Indian journal of veterinary science and animal husbandry - Volume 12,
Year: 1942
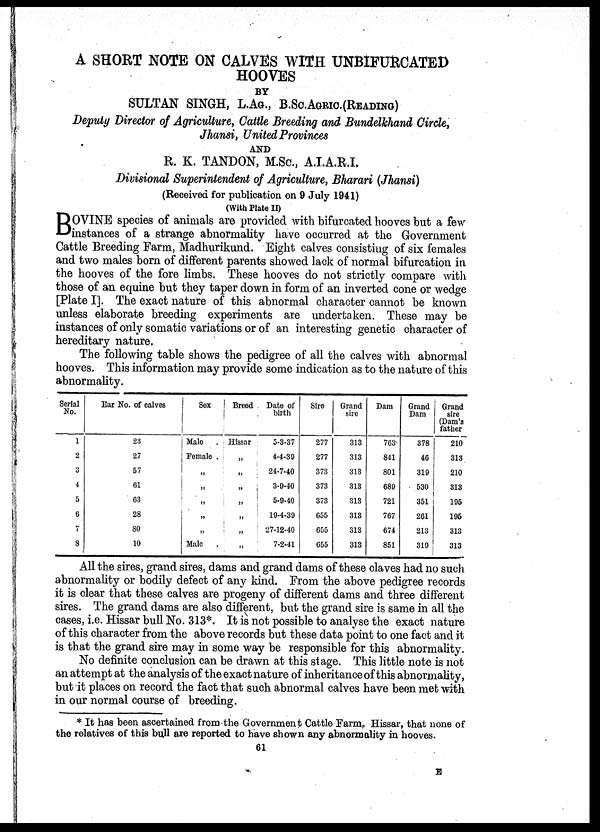
A SHORT NOTE ON CALVES WITH UNBIFURCATED
HOOVES
BY
SULTAN SINGH, L.AG., B.Sc.AGRIC.(READING)
Deputy Director of Agriculture, Cattle Breeding and Bundelkhand Circle,
Jhansi, United Provinces
AND
R. K. TANDON, M.Sc., A.I.A.R.I.
Divisional Superintendent of Agriculture, Bharari (Jhansi)
(Received for publication on 9 July 1941)
(With Plate II)
B OVINE species of animals are provided with bifurcated hooves but a few
instances of a strange abnormality have occurred at the Government
Cattle Breeding Farm, Madhurikund. Eight calves consisting of six females
and two males born of different parents showed lack of normal bifurcation in
the hooves of the fore limbs. These hooves do not strictly compare with
those of an equine but they taper down in form of an inverted cone or wedge
[Plate I]. The exact nature of this abnormal character cannot be known
unless elaborate breeding experiments are undertaken. These may be
instances of only somatic variations or of an interesting genetic character of
hereditary nature.
The following table shows the pedigree of all the calves with abnormal
hooves. This information may provide some indication as to the nature of this
abnormality.
Serial
No.
1
2
3
4
5
6
7
8
Ear No. of calves
23
27
57
61
63
28
80
10
Sex
Male
Female .
„
„
„
„
„
Male
Breed
Hissar
„
„
„
„
„
„
„
Date of
birth
5-3-37
4-4-39
24-7-40
3-9-40
5-9-40
19-4-39
27-12-40
7-2-41
Sire
277
277
373
373
373
655
655
655
Grand
sire
313
313
313
313
313
313
313
313
Dam
763
841
801
689
721
767
674
851
Grand
Dam
378
46
319
530
351
261
213
319
Grand
sire
(Dam's
father
210
313
210
313
195
195
313
313
All the sires, grand sires, dams and grand dams of these claves had no such
abnormality or bodily defect of any kind. From the above pedigree records
it is clear that these calves are progeny of different dams and three different
sires. The grand dams are also different, but the grand sire is same in all the
cases, i.e. Hissar bull No. 313*. It is not possible to analyse the exact nature
of this character from the above records but these data point to one fact and it
is that the grand sire may in some way be responsible for this abnormality.
No definite conclusion can be drawn at this stage. This little note is not
an attempt at the analysis of the exact nature of inheritance of this abnormality,
but it places on record the fact that such abnormal calves have been met with
in our normal course of breeding.
* It has been ascertained from the Government Cattle Farm, Hissar, that none of
the relatives of this bull are reported to have shown any abnormality in hooves.
61
E